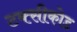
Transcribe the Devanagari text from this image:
टक्सीकोड